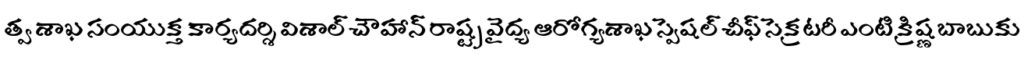
త్వ శాఖ సంయుక్త కార్యదర్శి విశాల్ చౌహాన్ రాష్ట్ర వైద్య ఆరోగ్యశాఖ స్పెషల్ చీఫ్ సెక్రటరీ ఎంటి క్రిష్ణబాబుకు